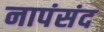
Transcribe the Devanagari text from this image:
नापंसंद